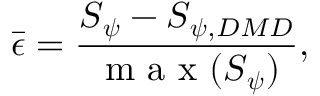
\Bar { \boldsymbol { \epsilon } } = \frac { \boldsymbol { S } _ { \boldsymbol { \psi } } - \boldsymbol { S } _ { \boldsymbol { \psi } , D M D } } { \mathrm { ~ m ~ a ~ x ~ } ( \boldsymbol { S } _ { \boldsymbol { \psi } } ) } ,